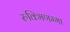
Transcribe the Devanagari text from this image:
रुक्मिणम्मा